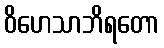
ဝိဟေသာဘိရတော